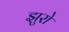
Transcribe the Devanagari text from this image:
झुरो